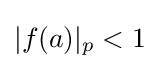
|f(a)|_{p}<1